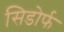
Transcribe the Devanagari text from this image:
सिडोर्फ